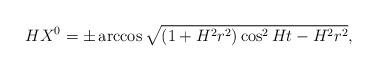
LaTeX: \begin{align*}HX^0=\pm\arccos\sqrt{(1+H^2r^2)\cos^2Ht-H^2r^2},\end{align*}